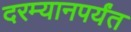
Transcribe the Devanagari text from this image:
दरम्यानपर्यंत